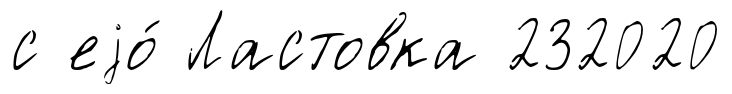
с еjо́ Ластовка 232020